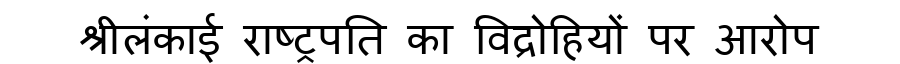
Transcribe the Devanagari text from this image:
श्रीलंकाई राष्ट्रपति का विद्रोहियों पर आरोप